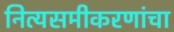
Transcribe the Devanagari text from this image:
नित्यसमीकरणांचा